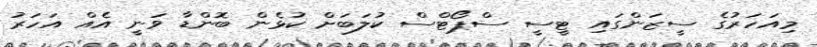
މިއަހަރުގެ ސީޒަންގައި ޓީސީ ސްޕޯޓްސް ކުލަބަށް ކުޅެން ބޮންޑާ ވަނީ އެއް އަހަރު